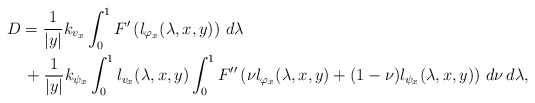
\begin{align*}D&=\frac{1}{|y|}k_{v_x}\int_0^1F'\left(l_{\varphi_x}(\lambda,x,y)\right)\, d\lambda\\&\, +\frac{1}{|y|}k_{\psi_x} \int_0^1 l_{v_x}(\lambda,x,y)\int_0^1F''\left(\nu l_{\varphi_x}(\lambda,x,y)+(1-\nu)l_{\psi_x}(\lambda,x,y)\right)\, d\nu \, d\lambda,\end{align*}